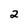
Character: 2